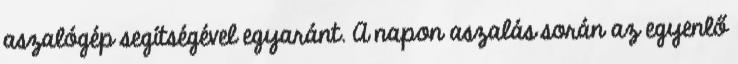
aszalógép segítségével egyaránt. A napon aszalás során az egyenlő